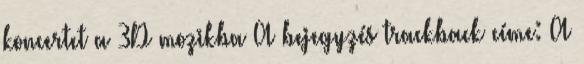
koncertet a 3D mozikba A bejegyzés trackback címe: A